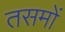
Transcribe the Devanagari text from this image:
तसमों